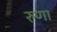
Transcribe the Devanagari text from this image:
रुणा